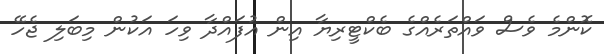
ކޮންމެ ވެސް ވައްތަރެއްގެ ބެކްޓީރިޔާ އިން އުފައްދާ ވިހަ އަކުން މިބަލި ޖެހޭ